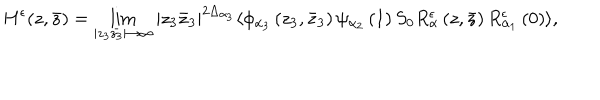
LaTeX: H ^ { \epsilon } ( z , \bar { z } ) = \lim _ { | z _ { 3 } \bar { z _ { 3 } } | \rightarrow \infty } | z _ { 3 } \bar { z } _ { 3 } | ^ { 2 \Delta _ { \alpha _ { 3 } } } \langle \phi _ { \alpha _ { 3 } } \left( z _ { 3 } , \bar { z } _ { 3 } \right) \psi _ { \alpha _ { 2 } } \left( 1 \right) S _ { 0 } R _ { \alpha } ^ { \epsilon } \left( z , \bar { z } \right) R _ { \alpha _ { 1 } } ^ { \epsilon } \left( 0 \right) \rangle ,